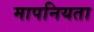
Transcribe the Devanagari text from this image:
मापनियता